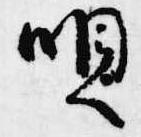
唄